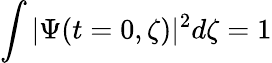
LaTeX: \int|\Psi(t=0,\zeta)|^{2}d\zeta=1